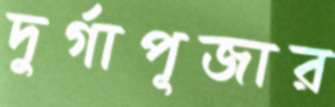
দুর্গাপূজার